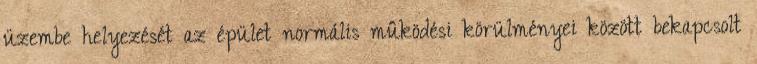
üzembe helyezését az épület normális mûködési körülményei között bekapcsolt